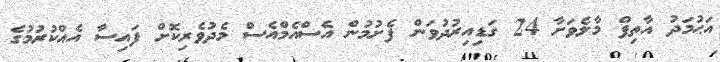
އަޙުމަދު އާތިފް މާލެވަށާ 24 ގަޑިއިރުދުވަން ފެށުމުން އެސްއެމްއެސް މެދުވެރިކޮށް ފައިސާ އެއްކުރުމުގެ